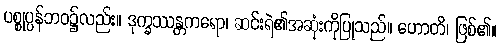
ပစ္စုပ္ပန်ဘဝ၌လည်း။ ဒုက္ခဿန္တကရော၊ ဆင်းရဲ၏အဆုံးကိုပြုသည်။ ဟောတိ၊ ဖြစ်၏။